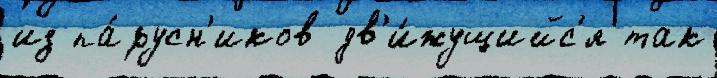
из па́русн'иков дв'и́жущийс'я так